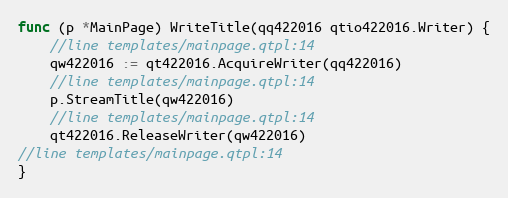
Language: Go
func (p *MainPage) WriteTitle(qq422016 qtio422016.Writer) {
	//line templates/mainpage.qtpl:14
	qw422016 := qt422016.AcquireWriter(qq422016)
	//line templates/mainpage.qtpl:14
	p.StreamTitle(qw422016)
	//line templates/mainpage.qtpl:14
	qt422016.ReleaseWriter(qw422016)
//line templates/mainpage.qtpl:14
}